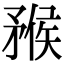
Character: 䂉